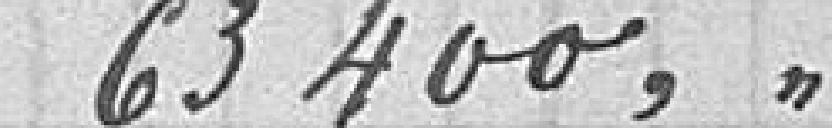
63400